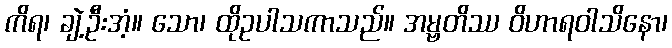
ကိရ၊ ချဲ့ဦးအံ့။ သော၊ ထိုဥပါသကာသည်။ အမ္ဗတိဿ ဝိဟာရဝါသိနော၊